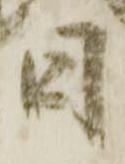
日